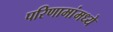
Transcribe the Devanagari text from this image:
परिणामांमध्ये